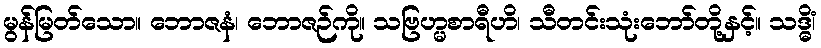
မွန်မြတ်သော။ ဘောဇနံ၊ ဘောဇဉ်ကို။ သဗြဟ္မစာရီဟိ၊ သီတင်းသုံးဘော်တို့နှင့်။ သဒ္ဓိံ၊